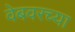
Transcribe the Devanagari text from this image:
वेबवरच्या